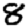
Digit: 8